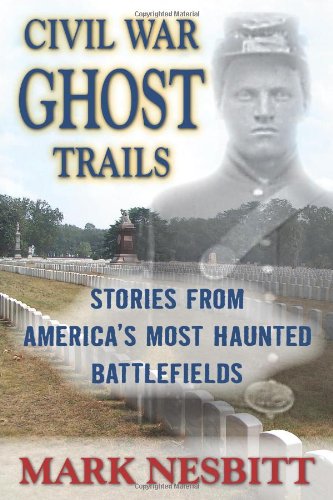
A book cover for Civil War Ghost Trails: Stories from America's Most Haunted Battlefields; Mark Nesbitt; Religion & Spirituality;